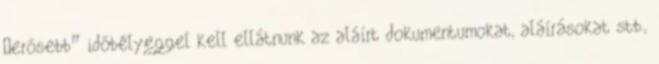
„erősebb” időbélyeggel kell ellátnunk az aláírt dokumentumokat, aláírásokat stb.,